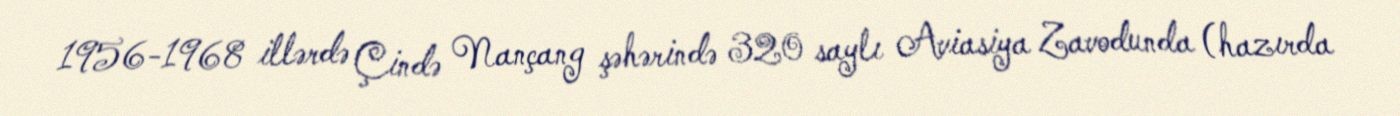
1956-1968 illərdə Çində Nançang şəhərində 320 saylı Aviasiya Zavodunda (hazırda